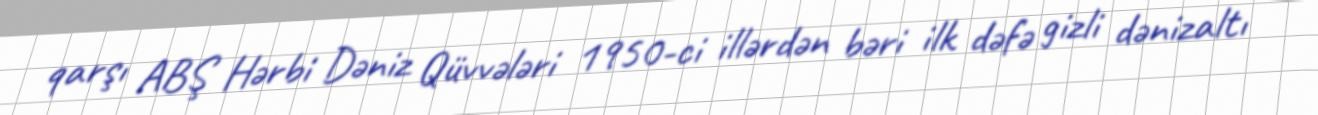
qarşı ABŞ Hərbi Dəniz Qüvvələri 1950-ci illərdən bəri ilk dəfə gizli dənizaltı